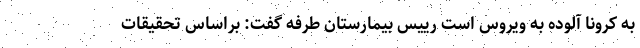
به کرونا آلوده به ویروس است رییس بیمارستان طرفه گفت: براساس تحقیقات